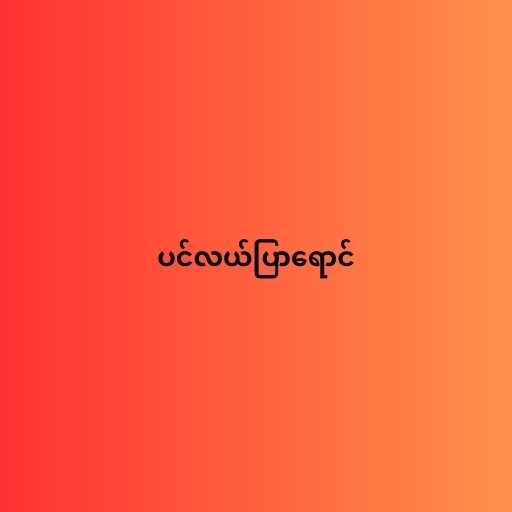
ပင်လယ်ပြာရောင်